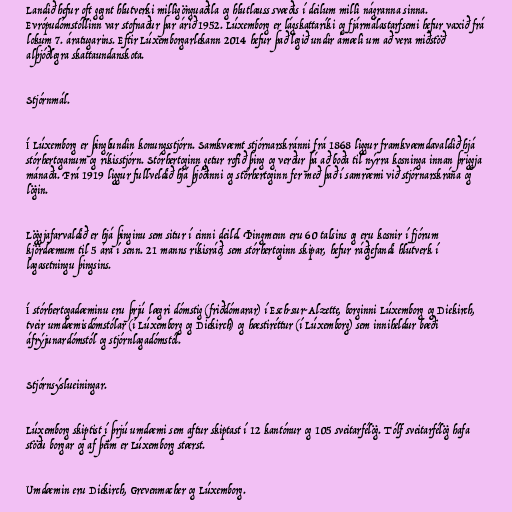
Landið hefur oft gegnt hlutverki milligönguaðila og hlutlauss svæðis í deilum milli nágranna sinna.
Evrópudómstóllinn var stofnaður þar árið 1952. Lúxemborg er lágskattaríki og fjármálastarfsemi hefur vaxið frá
lokum 7. áratugarins. Eftir Lúxemborgarlekann 2014 hefur það legið undir ámæli um að vera miðstöð
alþjóðlegra skattaundanskota.

Stjórnmál.

Í Lúxemborg er þingbundin konungsstjórn. Samkvæmt stjórnarskránni frá 1868 liggur framkvæmdavaldið hjá
stórhertoganum og ríkisstjórn. Stórhertoginn getur rofið þing og verður þá að boða til nýrra kosninga innan þriggja
mánaða. Frá 1919 liggur fullveldið hjá þjóðinni og stórhertoginn fer með það í samræmi við stjórnarskrána og
lögin.

Löggjafarvaldið er hjá þinginu sem situr í einni deild. Þingmenn eru 60 talsins og eru kosnir í fjórum
kjördæmum til 5 ára í senn. 21 manns ríkisráð, sem stórhertoginn skipar, hefur ráðgefandi hlutverk í
lagasetningu þingsins.

Í stórhertogadæminu eru þrjú lægri dómstig (friðdómarar) í Esch-sur-Alzette, borginni Lúxemborg og Diekirch,
tveir umdæmisdómstólar (í Lúxemborg og Diekirch) og hæstiréttur (í Lúxemborg) sem inniheldur bæði
áfrýjunardómstól og stjórnlagadómstól.

Stjórnsýslueiningar.

Lúxemborg skiptist í þrjú umdæmi sem aftur skiptast í 12 kantónur og 105 sveitarfélög. Tólf sveitarfélög hafa
stöðu borgar og af þeim er Lúxemborg stærst.

Umdæmin eru Diekirch, Grevenmacher og Lúxemborg.